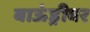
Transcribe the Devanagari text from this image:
बाऊंड्रीवर